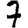
Digit: 7